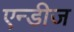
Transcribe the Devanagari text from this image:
एन्डीज